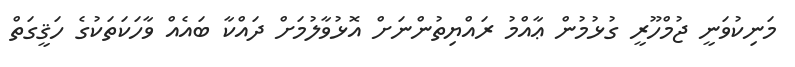
މަނިކުވަނީ ޖުމްހޫރީ ގުޅުމުން ޢާއްމު ރައްޔިތުންނަށް އޮޅުވާލުމަށް ދައްކާ ބައެއް ވާހަކަތަކުގެ ހަޤީގަތް